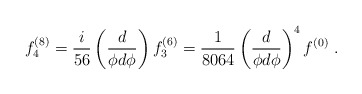
\begin{align*}f^{(8)}_4 = \frac{i}{56} \left( \frac{d}{\phi d \phi}\right) f^{(6)}_3= \frac{1}{8064} \left( \frac{d}{\phi d \phi}\right)^4 f^{(0)} ~ .\end{align*}